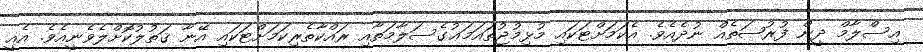
އިސްލާމް ދީން ފުރުޞަތެއް ނުދެއެވެ. އެކަމަށްޓަކައި މުޅިމުޖުތައަމަޢުގެސަލާމަތާއި ރައްކާތެރިކަމަށްޓަކައި އޭނާ ޤަތުލުކޮށްލެވެނީއެވެ. އެއީ